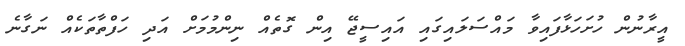
އީރާނުން ހުށަހަޅާފައިވާ މައްސަލައިގައި އައިސީޖޭ އިން ގޮތެއް ނިންމުމަށް އަދި ހަފްތާތަކެއް ނަގާނެ